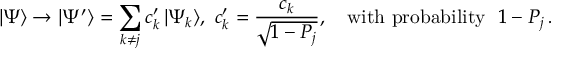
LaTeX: | \Psi \rangle \to | \Psi ^ { \prime } \rangle = \sum _ { k \ne j } c _ { k } ^ { \prime } \, | \Psi _ { k } \rangle , \ c _ { k } ^ { \prime } = { \frac { c _ { k } } { \sqrt { 1 - P _ { j } } } } , ~ ~ ~ \mathrm { w i t h \ p r o b a b i l i t y } ~ ~ 1 - P _ { j } \, .